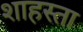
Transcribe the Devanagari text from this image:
शाहस्ता